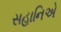
સહાનિએ